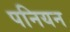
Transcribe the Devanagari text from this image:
पनियन